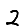
Digit: 2